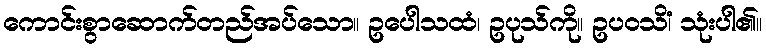
ကောင်းစွာဆောက်တည်အပ်သော။ ဥပေါသထံ၊ ဥပုသ်ကို။ ဥပဝသိံ၊ သုံးပါ၏။